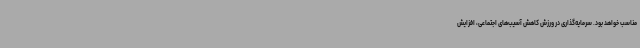
مناسب خواهد بود. سرمایه‌گذاری در ورزش کاهش آسیب‌های اجتماعی، افزایش